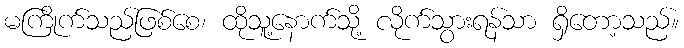
မကြိုက်သည်ဖြစ်စေ၊ ထိုသူ့နောက်သို့ လိုက်သွားရန်သာ ရှိတော့သည်။